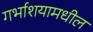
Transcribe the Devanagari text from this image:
गर्भाशयामधील